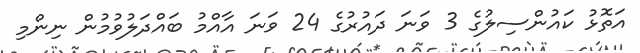
އަތޮޅު ކައުންސިލުގެ 3 ވަނަ ދައުރުގެ 24 ވަނަ އާއްމު ބައްދަލުވުމުން ނިންމި